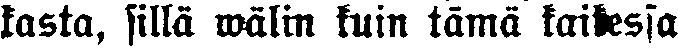
kasta, sillä wälin kuin tämä kaikessa